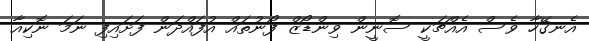
އެނގޭހާ ވެސް އެއްޗަކީ ސޮނީން ވިންޑޯޒް ފޯނުތައް އުފައްދަން ފަށައިފި ނަމަ ނޮކިއާ